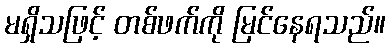
မရှိသဖြင့် တစ်ဖက်ကို မြင်နေရသည်။